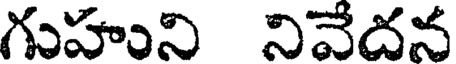
గుహుని నివేదన